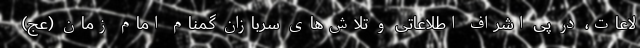
لاعات، در پی اشراف اطلاعاتی و تلاش‌های سربازان گمنام امام زمان (عج)